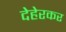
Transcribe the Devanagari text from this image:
देहेरकर